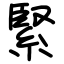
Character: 緊